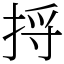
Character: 捋